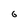
Character: 6